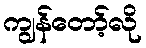
ကျွန်တော့်လို